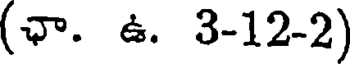
(ఛా. ఉ. 3-12-2)